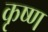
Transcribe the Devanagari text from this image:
कृष्‍ण्‍ा